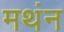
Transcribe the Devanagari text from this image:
मथंन